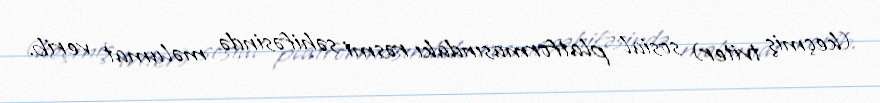
(keçmiş tviter) sosial platformasındakı rəsmi səhifəsində məlumat verib.